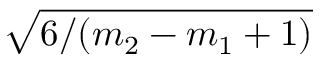
\sqrt { 6 / ( m _ { 2 } - m _ { 1 } + 1 ) }